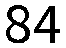
84